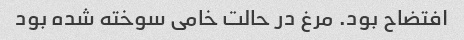
افتضاح بود. مرغ در حالت خامی سوخته شده بود